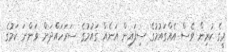
މީގެ ކުރިން ވެސް އެއްގައުމުގެ ސިފައިން އަނެއް ގައުމުގެ ސަރަހައްދަށް ވަންނަ ކަމުގެ